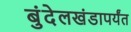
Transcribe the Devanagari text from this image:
बुंदेलखंडापर्यंत